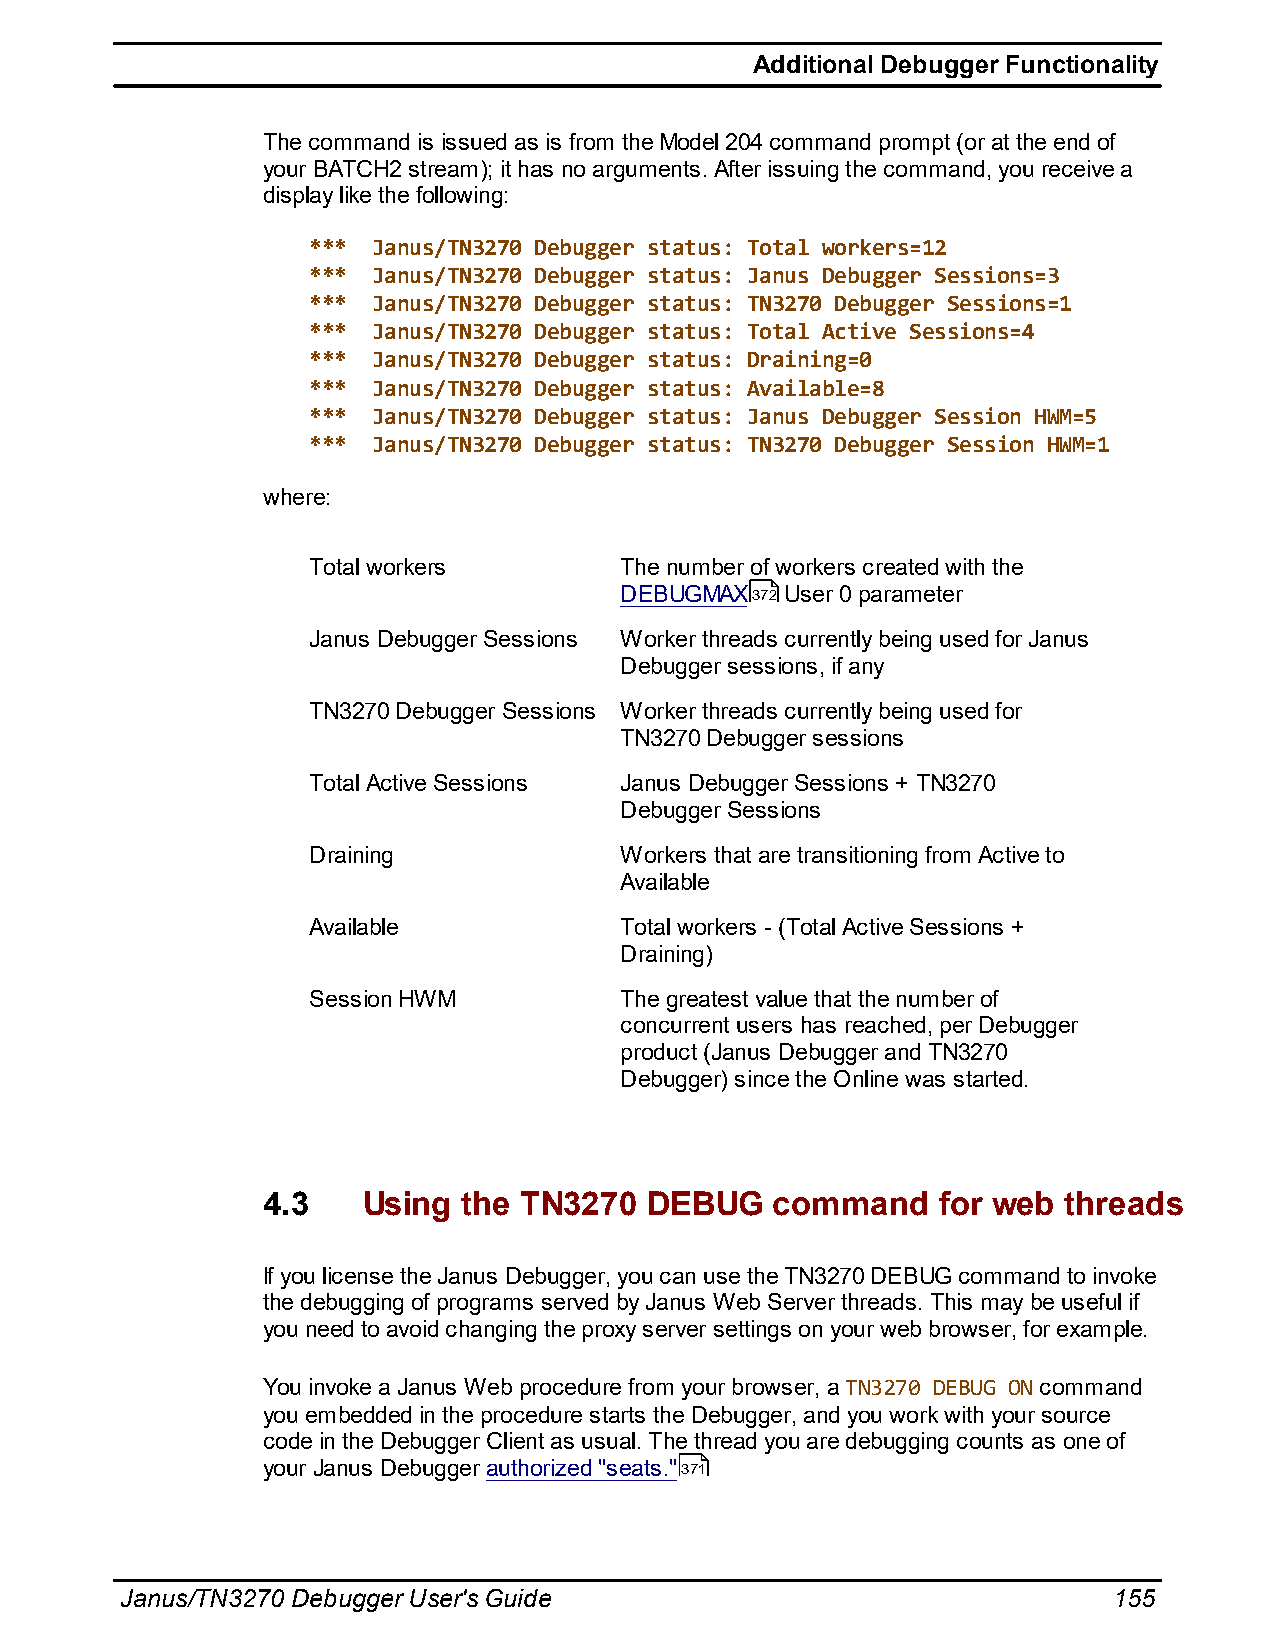
Additional Debugger Functionality
 The command is issued as is from the Model 204 command prompt (or at the end of
 your BATCH2 stream); it has no arguments. After issuing the command, you receive a
 display like the following:
 ***  Janus/TN3270 Debugger status: Total workers=12
 ***  Janus/TN3270 Debugger status: Janus Debugger Sessions=3
 ***  Janus/TN3270 Debugger status: TN3270 Debugger Sessions=1
 ***  Janus/TN3270 Debugger status: Total Active Sessions=4
 ***  Janus/TN3270 Debugger status: Draining=0
 ***  Janus/TN3270 Debugger status: Available=8
 ***  Janus/TN3270 Debugger status: Janus Debugger Session HWM=5
 ***  Janus/TN3270 Debugger status: TN3270 Debugger Session HWM=1
 where:
 Total workers        The number of workers created with the
 DEBUGMAX372 User 0 parameter
 Janus Debugger Sessions Worker threads currently being used for Janus
 Debugger sessions, if any
 TN3270 Debugger Sessions Worker threads currently being used for
 TN3270 Debugger sessions
 Total Active Sessions Janus Debugger Sessions + TN3270
 Debugger Sessions
 Draining             Workers that are transitioning from Active to
 Available
 Available            Total workers - (Total Active Sessions +
 Draining)
 Session HWM          The greatest value that the number of
 concurrent users has reached, per Debugger
 product (Janus Debugger and TN3270
 Debugger) since the Online was started.
 4.3    Using  the TN3270  DEBUG   command    for web threads
 If you license the Janus Debugger, you can use the TN3270 DEBUG command to invoke
 the debugging of programs served by Janus Web Server threads. This may be useful if
 you need to avoid changing the proxy server settings on your web browser, for example.
 You invoke a Janus Web procedure from your browser, a TN3270 DEBUG ON command
 you embedded in the procedure starts the Debugger, and you work with your source
 code in the Debugger Client as usual. The thread you are debugging counts as one of
 your Janus Debugger authorized "seats."371
 Janus/TN3270 Debugger User's Guide                                155